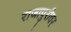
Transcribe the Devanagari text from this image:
राजापुरीवर